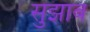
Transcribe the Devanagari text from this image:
सुझाब